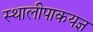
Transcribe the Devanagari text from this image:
स्थालीपाकयज्ञ